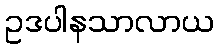
ဥဒပါနသာလာယ